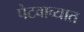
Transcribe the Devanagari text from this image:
पेटवाव्यात